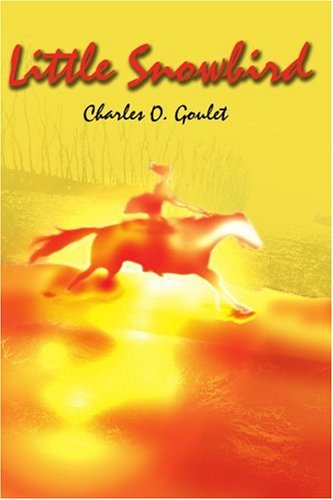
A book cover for Little Snowbird; Charles Goulet; Teen & Young Adult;